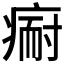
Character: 𱱘